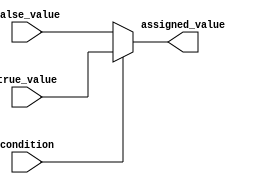
module ConditionalAssignment(
    input condition,
    input [7:0] true_value,
    input [7:0] false_value,
    output reg [7:0] assigned_value
);

always @* begin
    if(condition)
        assigned_value = true_value;
    else
        assigned_value = false_value;
end

endmodule